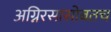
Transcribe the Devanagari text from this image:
अग्निरसासोबतच